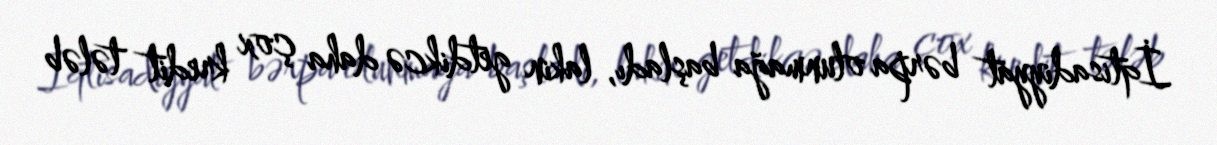
İqtisadiyyat bərpa olunmağa başladı, lakin getdikcə daha çox kredit tələb